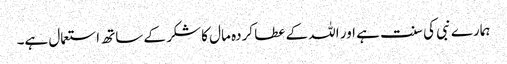
ہمارے نبی کی سنت ہے اور اللہ کے عطا کردہ مال کا شکر کے ساتھ استعمال ہے۔